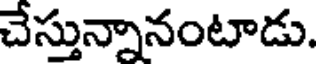
చేస్తున్నానంటాడు.